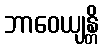
ဘာဝေယျန္တိ